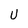
Character: U